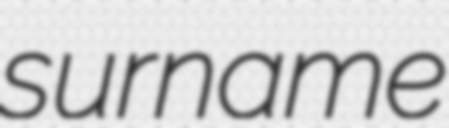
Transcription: surname